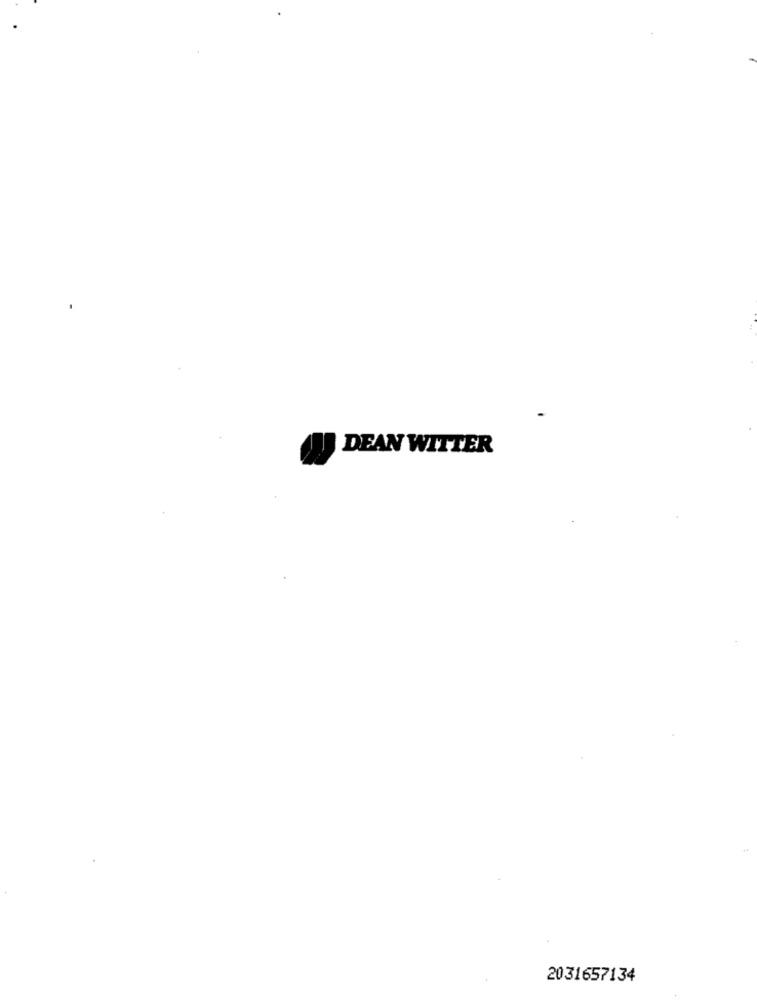
DEAN WITTER
2031657134